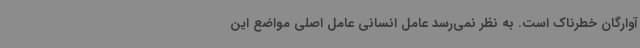
آوارگان خطرناک است. به نظر نمی‌رسد عامل انسانی عامل اصلی مواضع این